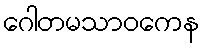
ဂေါတမသာဝကေန